Annual report of the Punjab Veterinary College and of the Civil Veterinary Department, Punjab - 1894-1908
Year: 1894
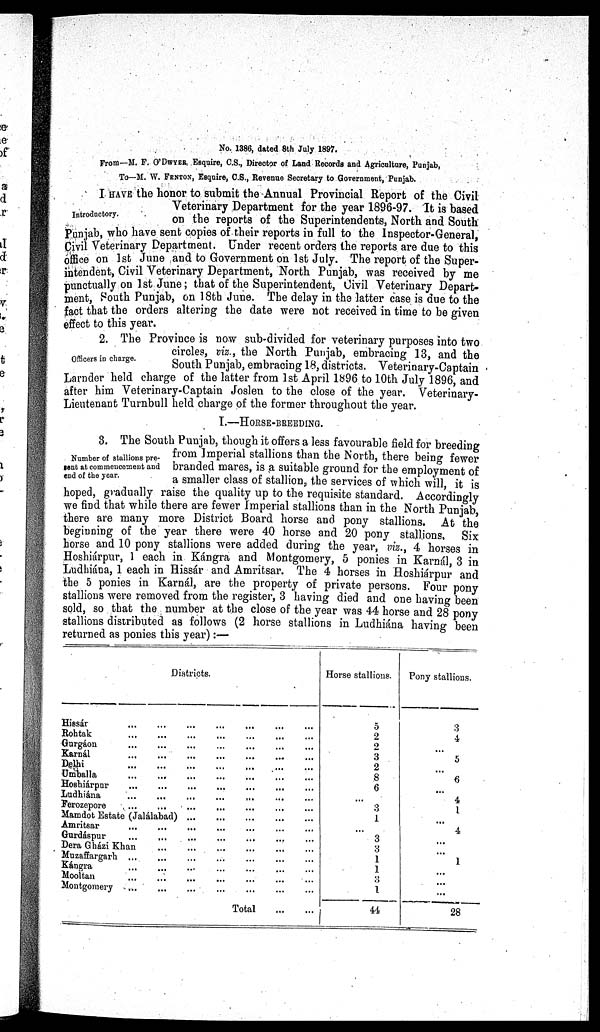
No. 1386, dated 8th July 1897.
From—M. F. O'DWER, Esquire, C.S., Director of Land Records and Agriculture, Punjab,
To—M. W. FENTON, Esquire, C.S., Revenue Secretary to Government, Punjab.
Introductory.
I HAVE the honor to submit the Annual Provincial Report of the Civil
Veterinary Department for the year 1896-97. It is based
on the reports of the Superintendents, North and South
Punjab, who have sent copies of their reports in full to the Inspector-General,
Civil Veterinary Department. Under recent orders the reports are due to this
office on 1st June and to Government on 1st July. The report of the Super-
intendent, Civil Veterinary Department, North Punjab, was received by me
punctually on 1st June; that of the Superintendent, Civil Veterinary Depart-
ment, South Punjab, on 18th June. The delay in the latter case is due to the
fact that the orders altering the date were not received in time to be given
effect to this year.
Officers in charge.
2. The Province is now sub-divided for veterinary purposes into two
circles, viz., the North Punjab, embracing 13, and the
South Punjab, embracing 18, districts. Veterinary-Captain
Larnder held charge of the latter from 1st April 1896 to 10th July 1896, and
after him Veterinary-Captain Joslen to the close of the year. Veterinary-
Lieutenant Turnbull held charge of the former throughout the year.
I.—HORSE-BREEDING.
Number of stallions pre-
sent at commeuceient and
end of tbe year.
3. The South Punjab, though it offers a less favourable field for breeding
from Imperial stallions than the North, there being fewer
branded mares, is a suitable ground for the employment of
a smaller class of stallion, the services of which will, it is
hoped, gradually raise the quality up to the requisite standard. Accordingly
we find that while there are fewer Imperial stallions than in the North Punjab
there are many more District Board horse and pony stallions. At the
beginning of the year there were 40 horse and 20 pony stallions. Six
horse and 10 pony stallions were added during the year, viz., 4 horses in
Hoshiárpur, I each in Kángra and Montgomery, 5 ponies in Karnál, 3 in
Ludhiána, 1 each in Hissár and Amritsar. The 4 horses in Hoshiárpur and
the 5 ponies in Karnál, are the property of private persons. Four pony
stallions were removed from the register, 3 having died and one having been
sold, so that the number at the close of the year was 44 horse and 28 pony
stallions distributed as follows (2 horse stallions in Ludhiána having been
returned as ponies this year):—
Districts.
Hissár ... … … … … … …
Rohtak
...…......………
Gurgáon
…
...
…
…
…
…
…
Karnál
…
...
…
…
…
…
...
Delhi
…
…
…
…
...
... …
Umballa
…
...
... … … … …
Hoshiárpur
…
...
…
…
...
…
…
Ludhiána
…
…
...
...
…
…
...
Ferozepore
...
...
...
…
...
...
...
Mamdot Estate (Jalálabad)...
...
…
... …
Amritsar
…
...
... … … … …
Gurdáspur
…
…
...
...
…
... …
Dera Gházi
Khan…
…
…
... … …
Muzaffargarh … ...
…
…
…
... …
Kángra … … … … … … …
Mooltan … … ... … … … … …
Montgomery
…
...
...
…
...
...
...
Total
...
...
Horse stallions.
5
2
2
3
2
8
6
…
3
1
3
3
1
1
…
1
44
Pony stallions.
3
4
...
5
...
6
…
4
1
...
4
...
…
1
…
…
…
28